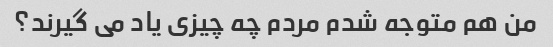
من هم متوجه شدم مردم چه چیزی یاد می گیرند؟